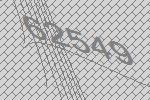
62549